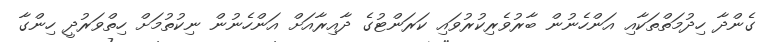
ގެންދާ ހިދުމަތްތަކާއި އަންހެނުން ބާރުވެރިކުރުވައި ކަރަންޓުގެ ދާއިރާއަށް އަންހެނުން ނިކުތުމަށް ހިތްވަރުދީ ހިންގާ